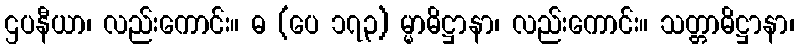
ဌပနီယာ၊ လည်းကောင်း။ ဓ (ပေ ၁၇၃) မ္မာဓိဋ္ဌာနာ၊ လည်းကောင်း။ သတ္တာဓိဋ္ဌာနာ၊